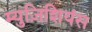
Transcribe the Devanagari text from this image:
म्युज़िशियंस